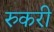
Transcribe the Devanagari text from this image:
रुकरी